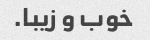
خوب و زیبا.